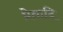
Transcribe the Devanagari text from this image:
प्रेतादि